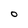
Character: O